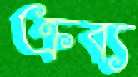
ক্রব্য